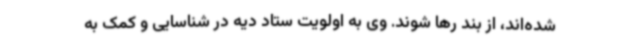
شده‌اند، از بند رها شوند. وی به اولویت ستاد دیه در شناسایی و کمک به